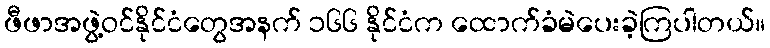
ဖီဖာအဖွဲ့ဝင်နိုင်ငံတွေအနက် ၁၆၆ နိုင်ငံက ထောက်ခံမဲပေးခဲ့ကြပါတယ်။